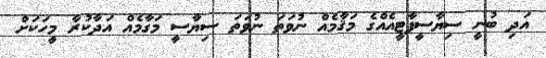
އަދި ބުނީ ސިޔާސީޕާޓީއެއްގެ މަޤާމެއް ނުވަތަ ނުވަތަ ސިޔާސީ މަގާމެއް އަދާކުރާ މީހަކަށް